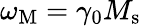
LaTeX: \omega_{\mathrm{M}}=\gamma_{0}M_{\mathrm{s}}